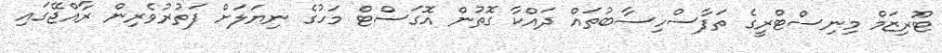
ޓޫރިޒަމް މިނިސްޓްރީގެ ތަފާސްހިސާބުތައް ދައްކާ ގޮތުން އޮގަސްޓް މަހުގެ ނިޔަލަށް ފަތުރުވެރިން ރާއްޖޭގައި